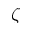
\zeta